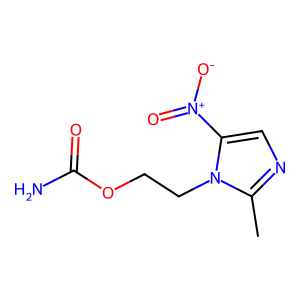
SMILES: Cc1ncc([N+](=O)[O-])n1CCOC(N)=O
Inhibits HIV replication: No